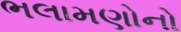
ભલામણોનો